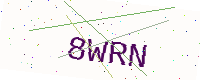
Text: 8WRN